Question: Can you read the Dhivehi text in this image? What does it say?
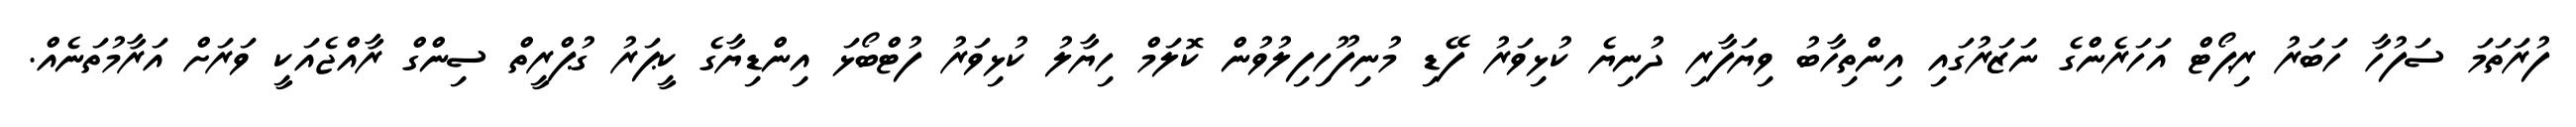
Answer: ފުރަތަމަ ސަފުހާ ހަބަރު ރިޕޯޓް އަހަރެންގެ ނަޒަރުގައި އިންތިހާބު ވިޔަފާރި ދުނިޔެ ކުޅިވަރު ފޭޑި މުނިފޫހިފިލުވުން ކޮލަމް ހިޔާލު ކުޅިވަރު ފުޓްބޯޅަ އިންޑިޔާގެ ކީޕަރު ގުޕްރީތް ސިންގް ރާއްޖެއަކީ ވަރަށް އަރާމުތަނެއް.